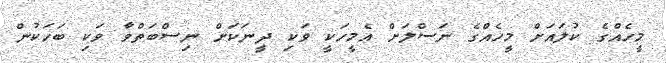
މީހެއްގެ ކުލައަށް މީހެއްގެ ނަސްލަށް އެމީހަކީ ވަކި ދީނަކަށް ނިސްބަތްވާ ވަކި ބަހަކުން